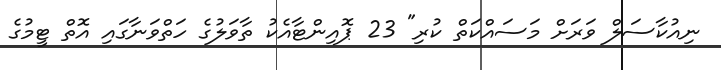
ނިއުކާސަލް ވަރަށް މަސައްކަތް ކުރި" 23 ޕޮއިންޓާއެކު ތާވަލުގެ ހަތްވަނާގައި އޮތް ޓީމުގެ